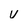
Character: V